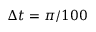
\Delta t = \pi / 1 0 0